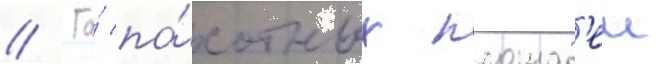
// Га́ па́хотных площад'еи